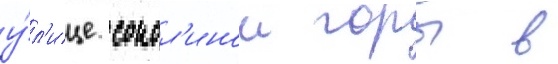
у́л'ице сокол'инои горы в